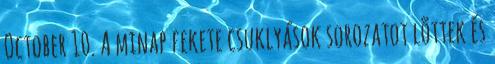
October 10. A minap fekete csuklyások sorozatot lõttek és